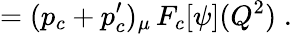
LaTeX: =(p_{c}+p_{c}^{\prime})_{\mu}\, F_{c}[\psi](Q^{2})\; .